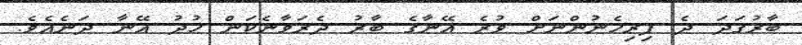
ބާރުގަދަ ދެ ފިރިހެނުންނަށް ވުރެ އޭނާގެ ބާރު ދެރަވާނެކަން ޚުދު އޭނާ ދަނެއެވެ.